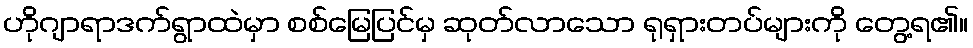
ဟိုဂျာရာဒက်ရွာထဲမှာ စစ်မြေပြင်မှ ဆုတ်လာသော ရုရှားတပ်များကို တွေ့ရ၏။